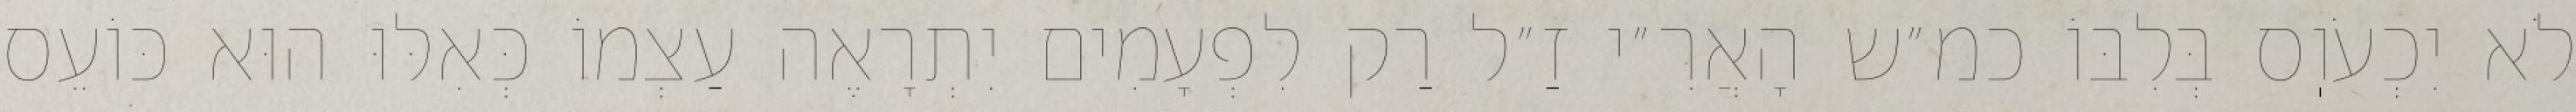
לֹא יִכְעֹוֽס בְּלִבּוֹ כמ״ש הָאֲרִ״י זַ״ל רַק לִפְעָמִים יִתְרָאֶה עַצְמוֹ כְּאִלּוּ הוּא כּוֹעֵס